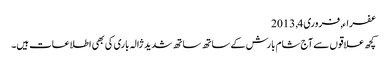
عفراء, ‏فروری 4, 2013
کچھ علاقوں سے آج شام بارش کے ساتھ ساتھ شدید ژالہ باری کی بھی اطلاعات ہیں۔